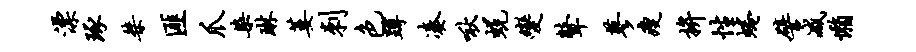
漂琢桀匪爪染琳萎刺色蹲凑啾蜕变鼙蓼瘦拚性蜷譬减懒